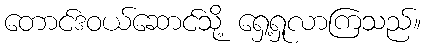
တောင်ဒဝယ်ဆောင်သို့ ရှေ့ရှုလာကြသည်။